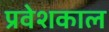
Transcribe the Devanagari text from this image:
प्रवेशकाल